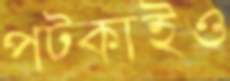
পট্‌কাইও